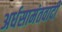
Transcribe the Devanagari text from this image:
अर्धसामंतवादी